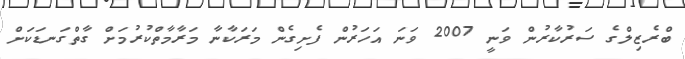
ބްރެޒިލްގެ ސަރުކާރުން ވަނީ 2007 ވަނަ އަހަރުން ފެށިގެން މަރަކާނާ މަރާމާތްކުރުމަށް ގާތްގަނޑަކަށް